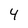
Character: 4